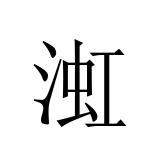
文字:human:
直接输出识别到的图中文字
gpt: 渱